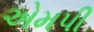
એમપી